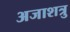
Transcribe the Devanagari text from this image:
अजाशत्रु